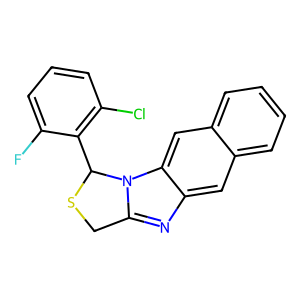
SMILES: Fc1cccc(Cl)c1C1SCc2nc3cc4ccccc4cc3n21
Inhibits HIV replication: No